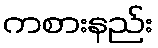
ကစားနည်း